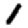
Digit: 1